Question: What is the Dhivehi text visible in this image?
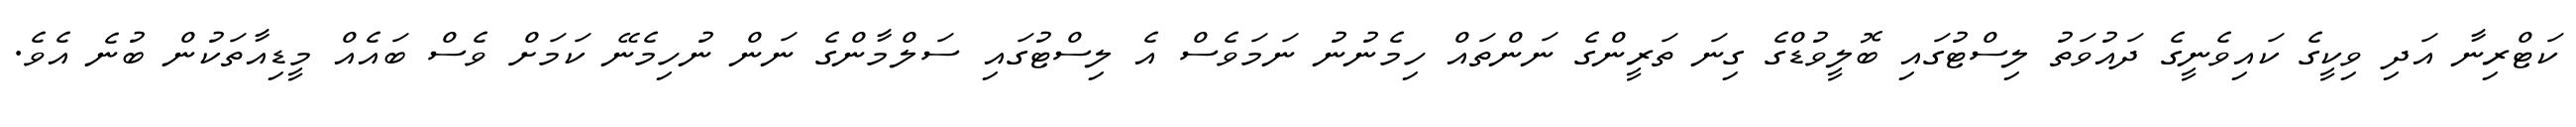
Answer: ކަޓްރިނާ އަދި ވިކީގެ ކައިވެނީގެ ދައުވަތު ލިސްޓުގައި ބޮލީވުޑްގެ ގިނަ ތަރީންގެ ނަންތައް ހިމެނުނު ނަމަވެސް އެ ލިސްޓުގައި ސަލްމާންގެ ނަން ނުހިމެނޭ ކަމަށް ވެސް ބައެއް މީޑިއާތަކުން ބުނެ އެވެ.